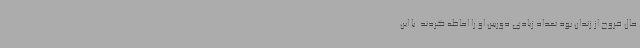
حال خروج از زندان بود تعداد زیادی دوربین او را احاطه کردند. با این